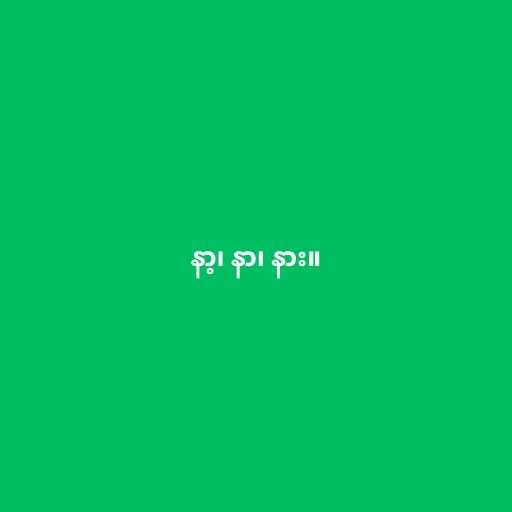
နာ့၊ နာ၊ နား။